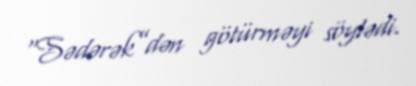
“Sədərək”dən götürməyi söylədi.